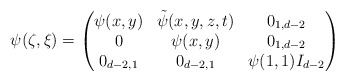
\begin{align*}\psi(\zeta,\xi)=\begin{pmatrix}\psi(x,y) & \tilde{\psi}(x,y,z,t) & 0_{1,d-2}\\0 & \psi(x,y) & 0_{1,d-2}\\0_{d-2,1} & 0_{d-2,1} & \psi(1,1)I_{d-2}\end{pmatrix}\end{align*}